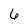
Character: 6